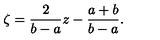
\zeta = { \frac { 2 } { b - a } } z - { \frac { a + b } { b - a } } .